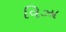
વિઝા